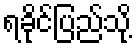
ရခိုင်ပြည်သို့